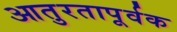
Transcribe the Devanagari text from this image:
आतुरतापूर्वक